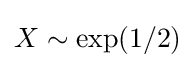
X\sim \operatorname {exp} (1/2)